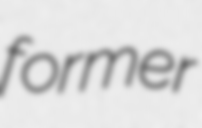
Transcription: former